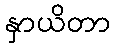
နှာယိတာ